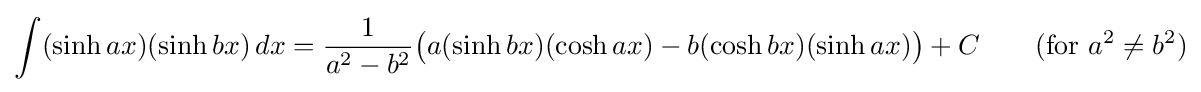
\int (\sinh ax)(\sinh bx)\,dx={\frac {1}{a^{2}-b^{2}}}{\big (}a(\sinh bx)(\cosh ax)-b(\cosh bx)(\sinh ax){\big )}+C\qquad {\mbox{(for }}a^{2}\neq b^{2}{\mbox{)}}